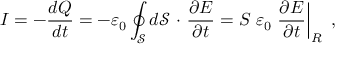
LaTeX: I = - { \frac { d Q } { d t } } = - \varepsilon _ { 0 } \oint _ { \mathcal { \boldsymbol { S } } } d \mathbf { \mathcal { S } } \ { \boldsymbol { \cdot } } \ { \frac { \partial { \boldsymbol { E } } } { \partial t } } = { S } \ \varepsilon _ { 0 } \left. { \frac { \partial E } { \partial t } } \right| _ { R } \ ,